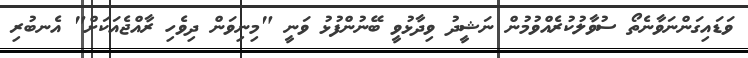
ވަޑައިގަންނަވާނެތޯ ސުވާލުކުރެއްވުމުން ނަޝީދު ވިދާޅުވީ ބޭނުންފުޅު ވަނީ "މިނިވަން ދިވެހި ރާއްޖެއަކަށް" އެނބުރި